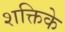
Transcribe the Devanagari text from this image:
शक्तिके